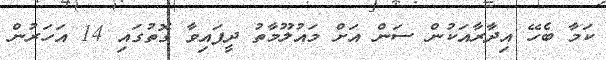
ކަމާ ބެހޭ އިދާރާއަކުން ސަން އަށް މައުލޫމާތު ދީފައިވާ ގޮތުގައި 14 އަހަރުން